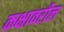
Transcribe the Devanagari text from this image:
कक्षावरील